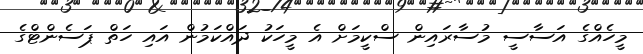
މީހެއްގެ އަސާސީ މުސާރައިން ސްކީމަށް އެ މީހަކު ދައްކަމުން އައި ހަތް ޕަސެންޓްގެ